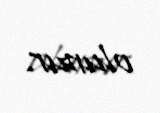
olunur.